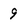
Character: 9